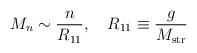
LaTeX: \begin{align*}M_n\sim \frac{n}{R_{11}}, \quad R_{11}\equiv\frac{g}{M_{\rm str}}\end{align*}